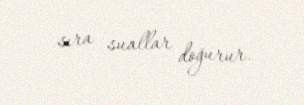
sıra suallar doğurur.